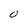
Character: 0